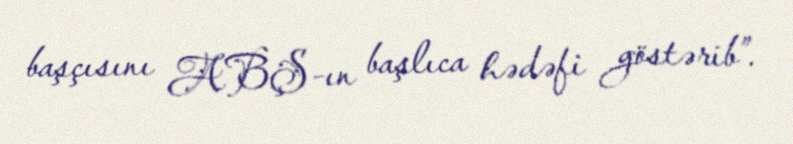
başçısını ABŞ-ın başlıca hədəfi göstərib”.